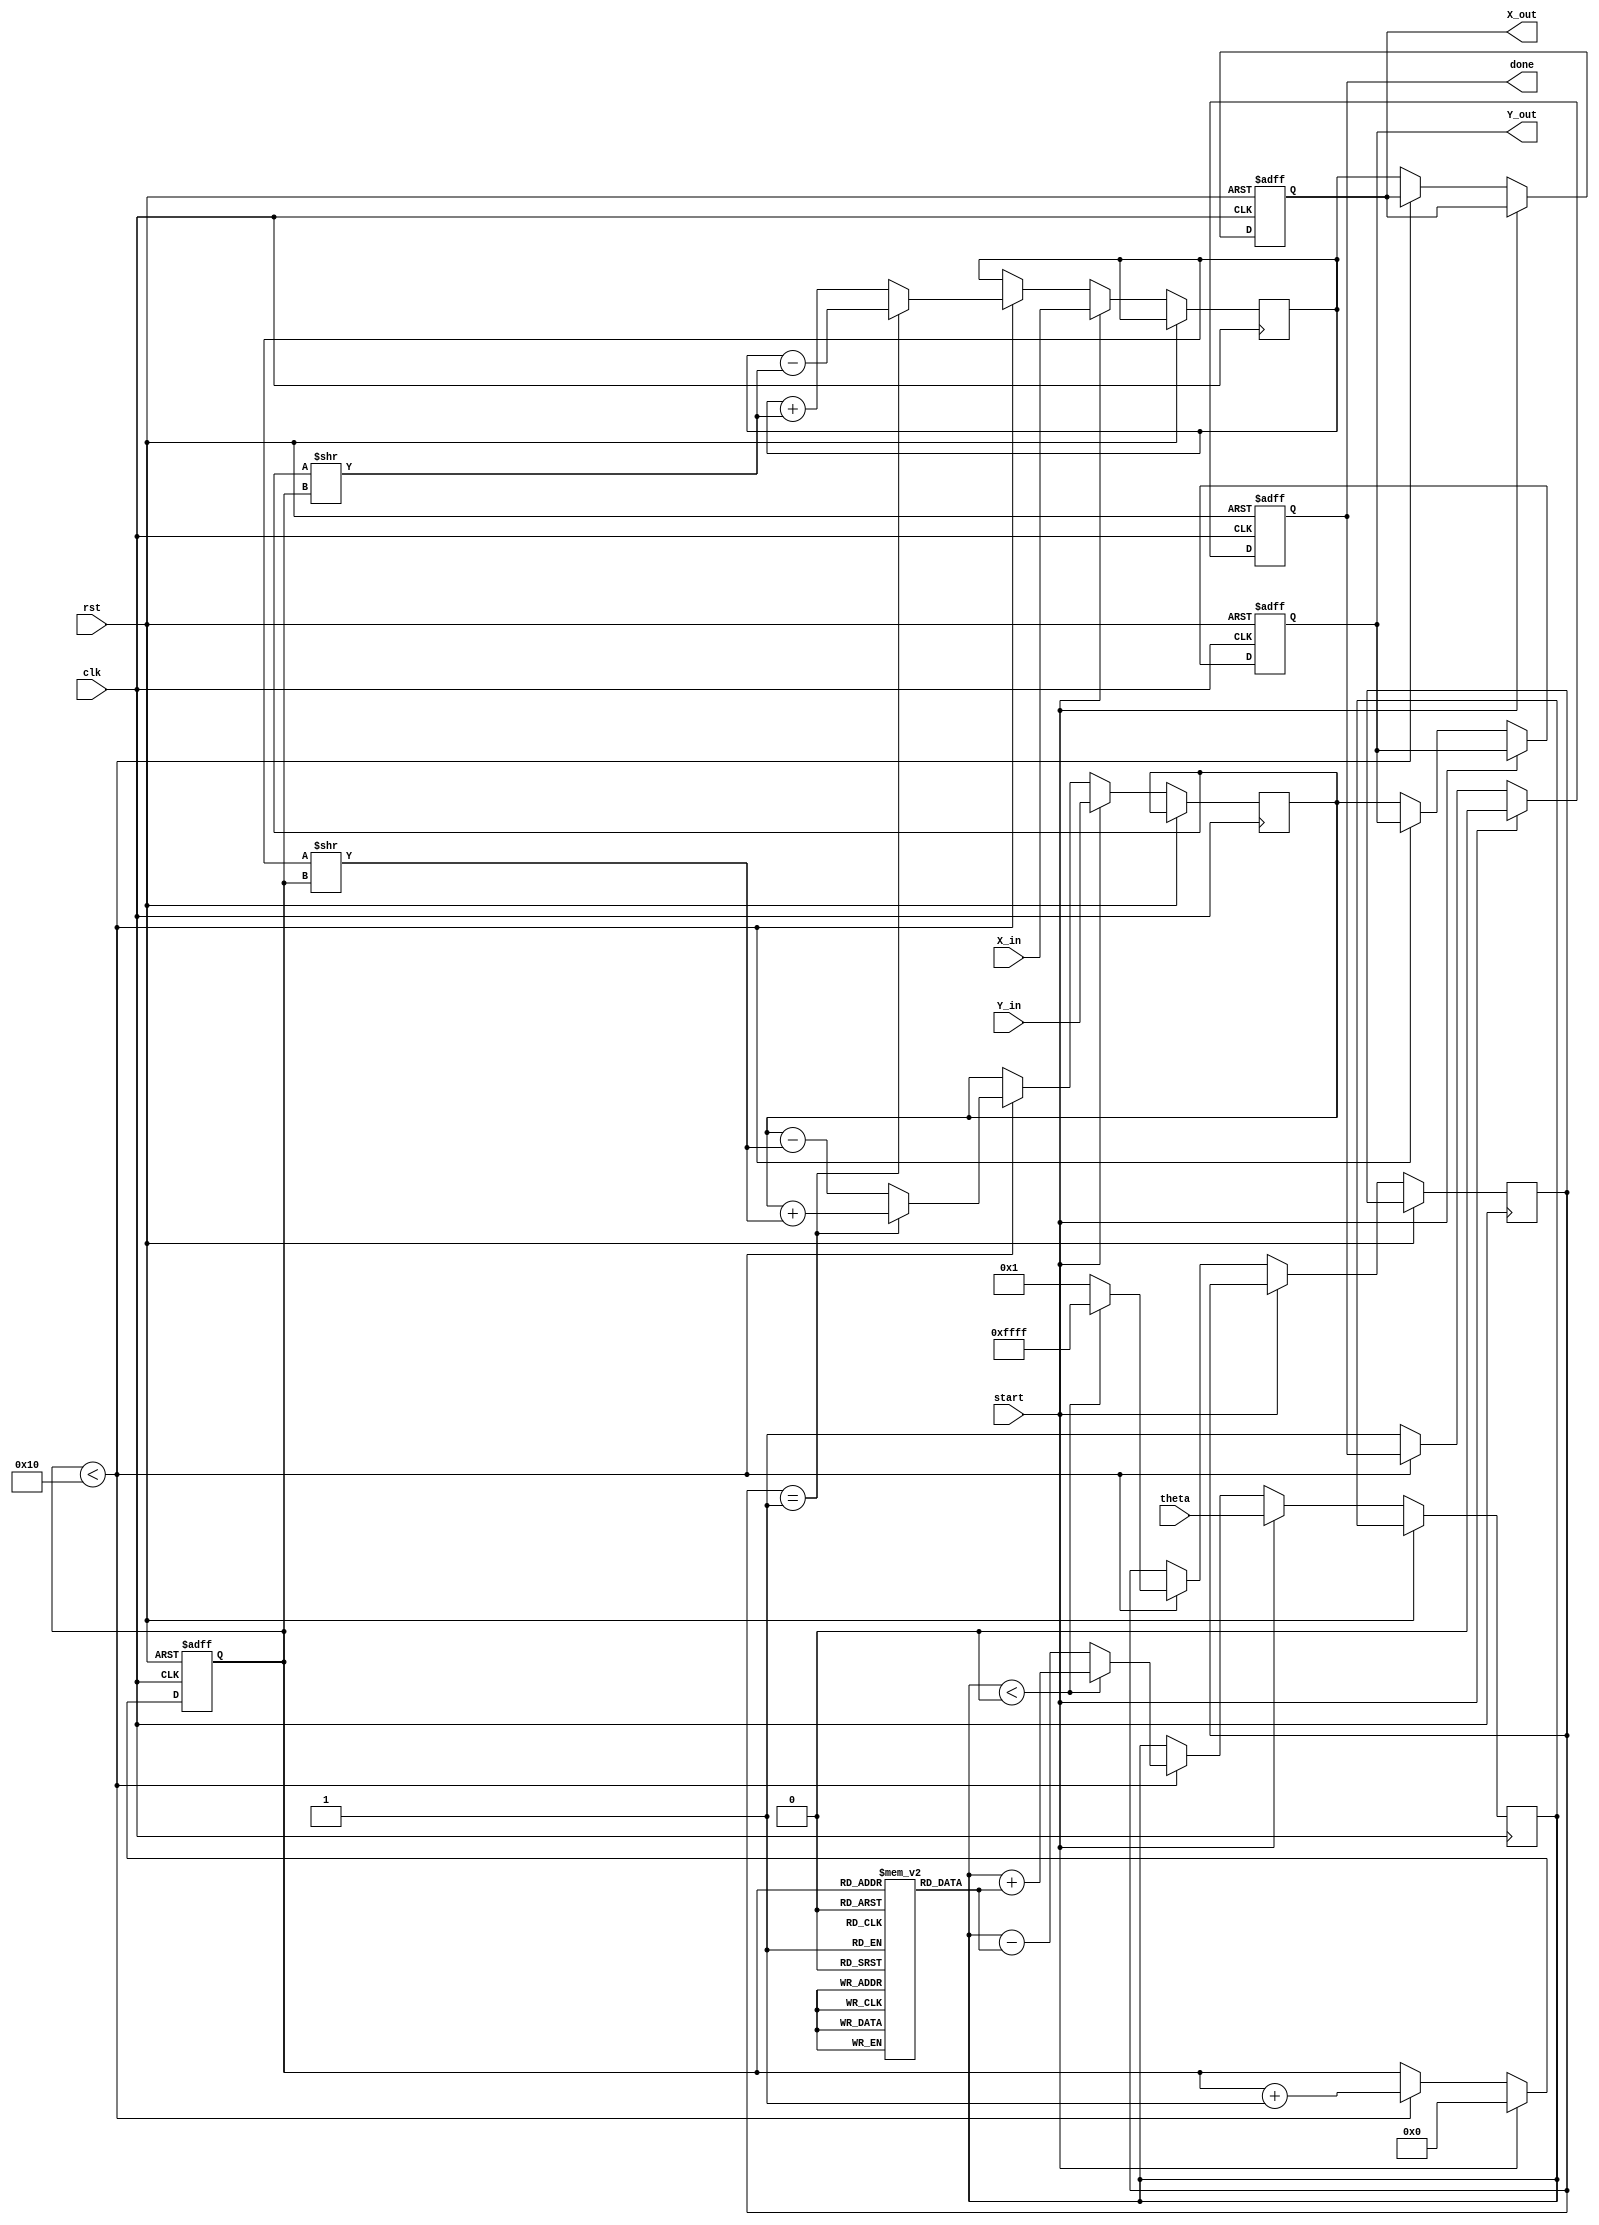
module cordic_rotational #(
    parameter DATA_WIDTH = 16, // Width of fixed-point representation
    parameter ITERATIONS = 16   // Number of iterations for CORDIC
)(
    input wire clk,
    input wire rst,
    input wire [DATA_WIDTH-1:0] theta, // Angle in radians (fixed-point)
    input wire [DATA_WIDTH-1:0] X_in,   // Initial x-coordinate
    input wire [DATA_WIDTH-1:0] Y_in,   // Initial y-coordinate
    input wire start,                   // Start signal for computation
    output reg [DATA_WIDTH-1:0] X_out,  // Final x-coordinate
    output reg [DATA_WIDTH-1:0] Y_out,  // Final y-coordinate
    output reg done                     // Done signal
);

    // Angle lookup table (arctan values for CORDIC)
    reg [DATA_WIDTH-1:0] atan_table [0:ITERATIONS-1];
    initial begin
        // Pre-computed arctangent values (scaled)
        atan_table[0] = 16'h2000; // atan(2^-0)
        atan_table[1] = 16'h1000; // atan(2^-1)
        atan_table[2] = 16'h0800; // atan(2^-2)
        atan_table[3] = 16'h0400; // atan(2^-3)
        atan_table[4] = 16'h0200; // atan(2^-4)
        atan_table[5] = 16'h0100; // atan(2^-5)
        atan_table[6] = 16'h0080; // atan(2^-6)
        atan_table[7] = 16'h0040; // atan(2^-7)
        atan_table[8] = 16'h0020; // atan(2^-8)
        atan_table[9] = 16'h0010; // atan(2^-9)
        atan_table[10] = 16'h0008; // atan(2^-10)
        atan_table[11] = 16'h0004; // atan(2^-11)
        atan_table[12] = 16'h0002; // atan(2^-12)
        atan_table[13] = 16'h0001; // atan(2^-13)
        atan_table[14] = 16'h0000; // atan(2^-14)
        atan_table[15] = 16'hFFFF; // atan(2^-15)
    end

    // Internal registers
    reg [DATA_WIDTH-1:0] x_reg, y_reg;
    reg [DATA_WIDTH-1:0] theta_reg;
    reg [3:0] iteration;
    reg [DATA_WIDTH-1:0] d;

    // Control logic
    always @(posedge clk or posedge rst) begin
        if (rst) begin
            X_out <= 0;
            Y_out <= 0;
            done <= 0;
            iteration <= 0;
        end else if (start) begin
            // Initialize registers
            x_reg <= X_in;
            y_reg <= Y_in;
            theta_reg <= theta;
            iteration <= 0;
            done <= 0;
        end else if (iteration < ITERATIONS) begin
            // Determine direction
            if (theta_reg < 0) begin
                d <= -1; // Rotate clockwise
                theta_reg <= theta_reg + atan_table[iteration];
            end else begin
                d <= 1; // Rotate counter-clockwise
                theta_reg <= theta_reg - atan_table[iteration];
            end

            // CORDIC update equations
            if (d == 1) begin
                x_reg <= x_reg - (y_reg >> iteration);
                y_reg <= y_reg + (x_reg >> iteration);
            end else begin
                x_reg <= x_reg + (y_reg >> iteration);
                y_reg <= y_reg - (x_reg >> iteration);
            end

            // Increment iteration
            iteration <= iteration + 1;
        end else begin
            // Output final results
            X_out <= x_reg;
            Y_out <= y_reg;
            done <= 1; // Signal that computation is done
        end
    end
endmodule